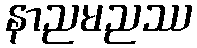
နာညမညဿ